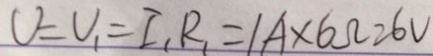
V = V _ { 1 } = I _ { 1 } R _ { 1 } = 1 A \times 6 \Omega = 6 V